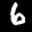
Label: 6